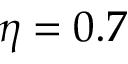
\eta = 0 . 7